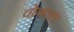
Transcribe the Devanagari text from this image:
चोगवल